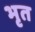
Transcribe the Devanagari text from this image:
भृत